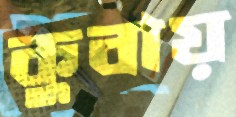
কুবায়